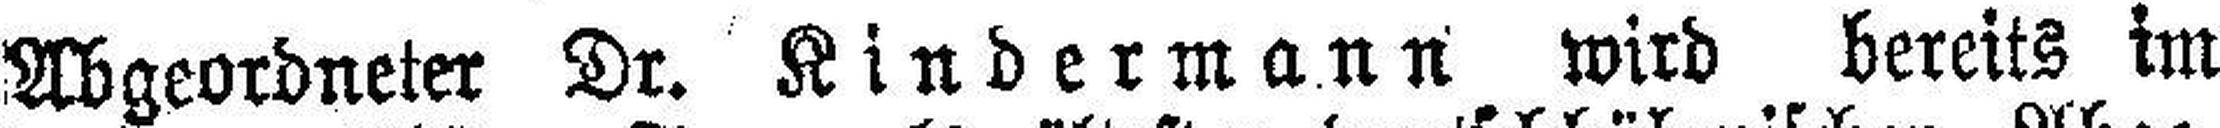
Abgeordneter Dr. Kindermann wird bereits im